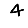
Digit: 4